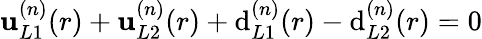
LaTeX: \mathbf{u}_{L1}^{(n)}(r)+\mathbf{u}_{L2}^{(n)}(r)+\mathrm{d}_{L1}^{(n)}(r)-\mathrm{d}_{L2}^{(n)}(r)=0